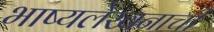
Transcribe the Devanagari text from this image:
भाष्यलेखनाची